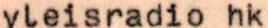
yleisradio hk